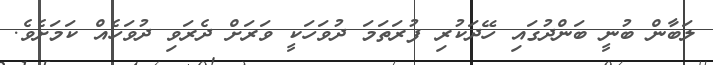
ލަބާން ބުނީ ބަންދުގައި ހޭދަކުރި ފުރަތަމަ ދުވަހަކީ ވަރަށް ދެރަވި ދުވަހެއް ކަމަށެވެ.